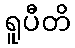
ရူပီတိ